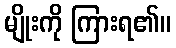
မျိုးကို ကြားရ၏။